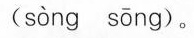
( sòng sōng )。